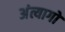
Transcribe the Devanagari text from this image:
अंत्यागों